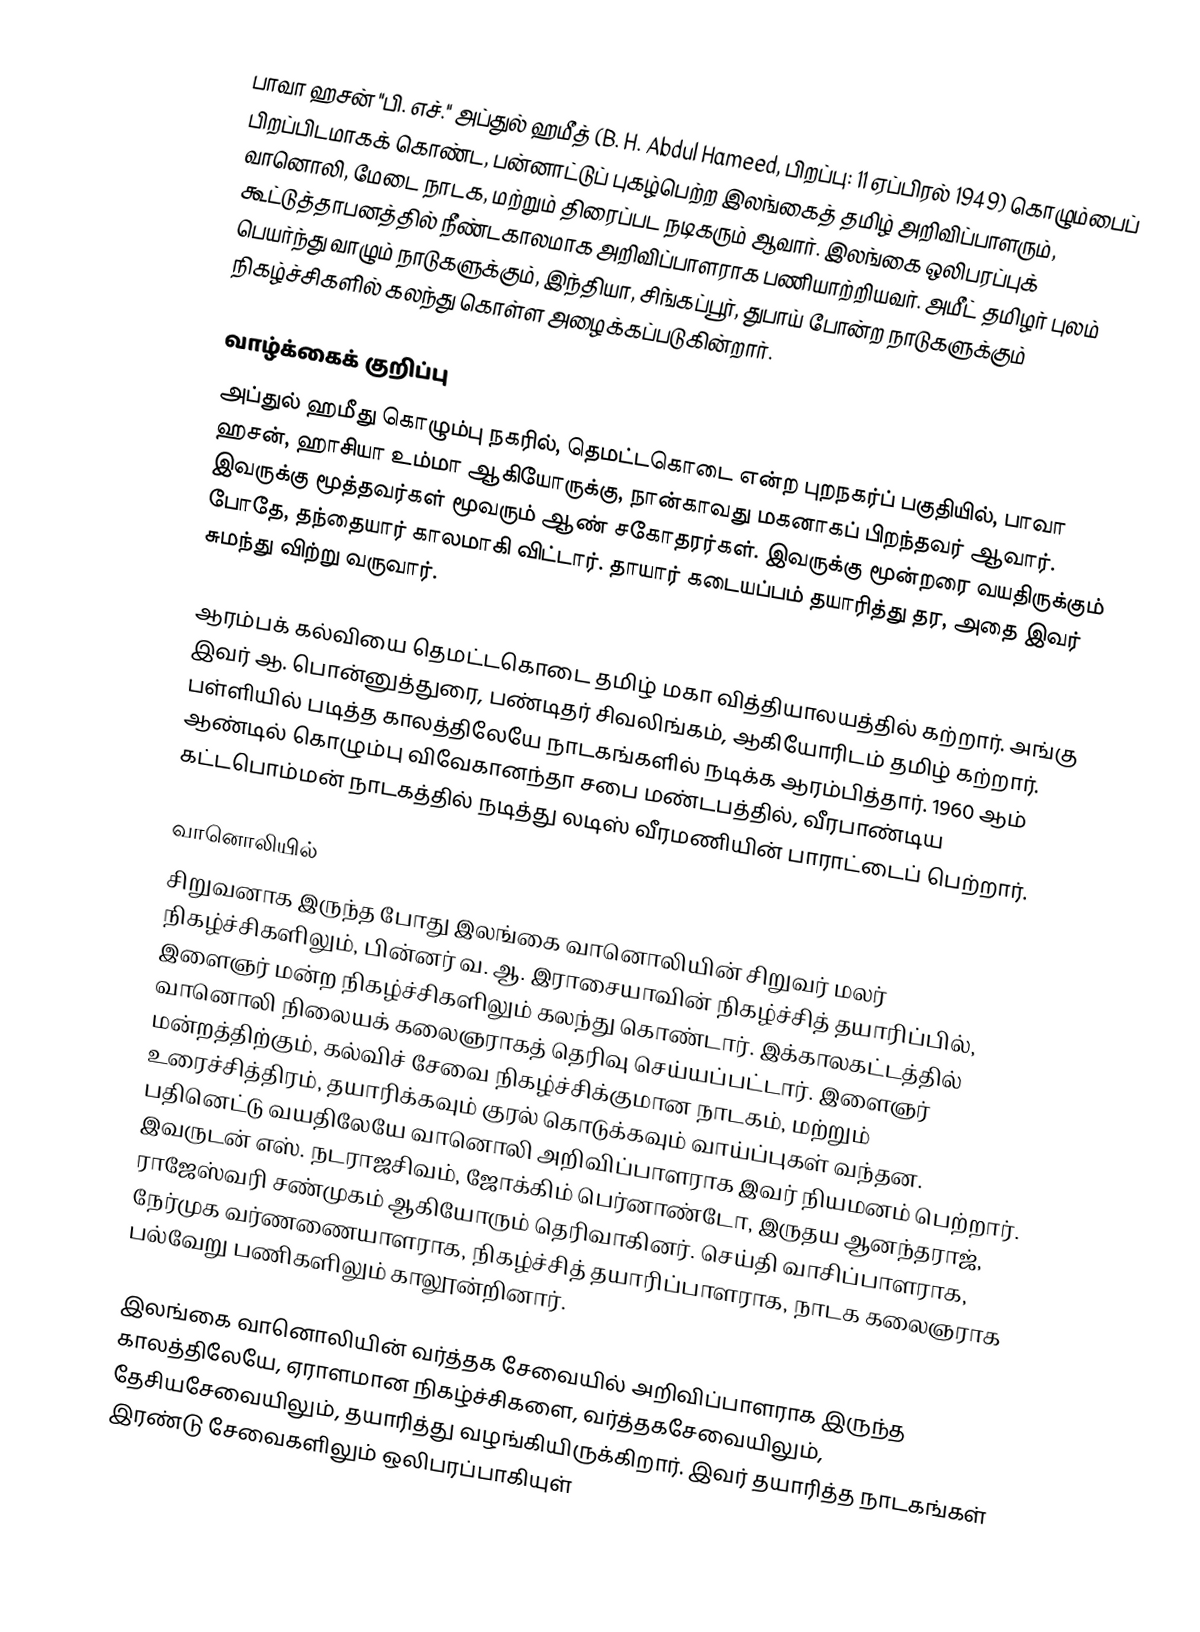
பாவா ஹசன் "பி. எச்." அப்துல் ஹமீத் (B. H. Abdul Hameed, பிறப்பு: 11 ஏப்பிரல் 1949) கொழும்பைப் பிறப்பிடமாகக் கொண்ட, பன்னாட்டுப் புகழ்பெற்ற இலங்கைத் தமிழ் அறிவிப்பாளரும், வானொலி, மேடை நாடக, மற்றும் திரைப்பட நடிகரும் ஆவார். இலங்கை ஒலிபரப்புக் கூட்டுத்தாபனத்தில் நீண்டகாலமாக அறிவிப்பாளராக பணியாற்றியவர். அமீட் தமிழர் புலம் பெயர்ந்து வாழும் நாடுகளுக்கும், இந்தியா, சிங்கப்பூர், துபாய் போன்ற நாடுகளுக்கும் நிகழ்ச்சிகளில் கலந்து கொள்ள அழைக்கப்படுகின்றார்.

வாழ்க்கைக் குறிப்பு
அப்துல் ஹமீது கொழும்பு நகரில், தெமட்டகொடை என்ற புறநகர்ப் பகுதியில், பாவா ஹசன், ஹாசியா உம்மா ஆகியோருக்கு, நான்காவது மகனாகப் பிறந்தவர் ஆவார். இவருக்கு மூத்தவர்கள் மூவரும் ஆண் சகோதரர்கள். இவருக்கு மூன்றரை வயதிருக்கும் போதே, தந்தையார் காலமாகி விட்டார். தாயார் கடையப்பம் தயாரித்து தர, அதை இவர் சுமந்து விற்று வருவார்.

ஆரம்பக் கல்வியை தெமட்டகொடை தமிழ் மகா வித்தியாலயத்தில் கற்றார். அங்கு இவர் ஆ. பொன்னுத்துரை, பண்டிதர் சிவலிங்கம், ஆகியோரிடம் தமிழ் கற்றார். பள்ளியில் படித்த காலத்திலேயே நாடகங்களில் நடிக்க ஆரம்பித்தார். 1960 ஆம் ஆண்டில் கொழும்பு விவேகானந்தா சபை மண்டபத்தில், வீரபாண்டிய கட்டபொம்மன் நாடகத்தில் நடித்து லடிஸ் வீரமணியின் பாராட்டைப் பெற்றார்.

வானொலியில்
சிறுவனாக இருந்த போது இலங்கை வானொலியின் சிறுவர் மலர் நிகழ்ச்சிகளிலும், பின்னர் வ. ஆ. இராசையாவின் நிகழ்ச்சித் தயாரிப்பில், இளைஞர் மன்ற நிகழ்ச்சிகளிலும் கலந்து கொண்டார். இக்காலகட்டத்தில் வானொலி நிலையக் கலைஞராகத் தெரிவு செய்யப்பட்டார். இளைஞர் மன்றத்திற்கும், கல்விச் சேவை நிகழ்ச்சிக்குமான நாடகம், மற்றும் உரைச்சித்திரம், தயாரிக்கவும் குரல் கொடுக்கவும் வாய்ப்புகள் வந்தன. பதினெட்டு வயதிலேயே வானொலி அறிவிப்பாளராக இவர் நியமனம் பெற்றார். இவருடன் எஸ். நடராஜசிவம், ஜோக்கிம் பெர்னாண்டோ, இருதய ஆனந்தராஜ், ராஜேஸ்வரி சண்முகம் ஆகியோரும் தெரிவாகினர். செய்தி வாசிப்பாளராக, நேர்முக வர்ணணையாளராக, நிகழ்ச்சித் தயாரிப்பாளராக, நாடக கலைஞராக பல்வேறு பணிகளிலும் காலூன்றினார்.

இலங்கை வானொலியின் வர்த்தக சேவையில் அறிவிப்பாளராக இருந்த காலத்திலேயே, ஏராளமான நிகழ்ச்சிகளை, வர்த்தகசேவையிலும், தேசியசேவையிலும், தயாரித்து வழங்கியிருக்கிறார். இவர் தயாரித்த நாடகங்கள் இரண்டு சேவைகளிலும் ஒலிபரப்பாகியுள்